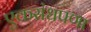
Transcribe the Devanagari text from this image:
एकसंधपणा